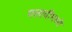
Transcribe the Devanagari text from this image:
मलावीमध्ये